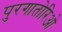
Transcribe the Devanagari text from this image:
पुरगातोरिओ